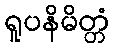
ရူပနိမိတ္တံ